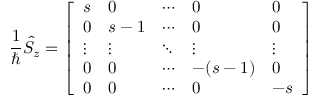
{ \frac { 1 } { \hbar } } { \hat { S } } _ { z } = { \left[ \begin{array} { l l l l l } { s } & { 0 } & { \cdots } & { 0 } & { 0 } \\ { 0 } & { s - 1 } & { \cdots } & { 0 } & { 0 } \\ { \vdots } & { \vdots } & { \ddots } & { \vdots } & { \vdots } \\ { 0 } & { 0 } & { \cdots } & { - ( s - 1 ) } & { 0 } \\ { 0 } & { 0 } & { \cdots } & { 0 } & { - s } \end{array} \right] }